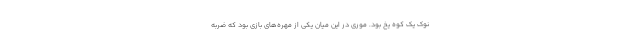
نوک یک کوه یخ بود. موری در این میان یکی از مهره‌های بازی بود که ضربه